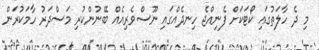
މި ދެ ހާލަތުގައި ކޯޓަކަށް ފެނިއްޖެ ހިނދެއްގައި ނޫސްވެރިއެއް ބޭނުންކުރި މަސްދަރު ހާމަކުރަން